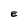
Character: E